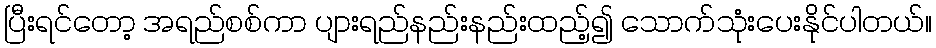
ပြီးရင်တော့ အရည်စစ်ကာ ပျားရည်နည်းနည်းထည့်၍ သောက်သုံးပေးနိုင်ပါတယ်။